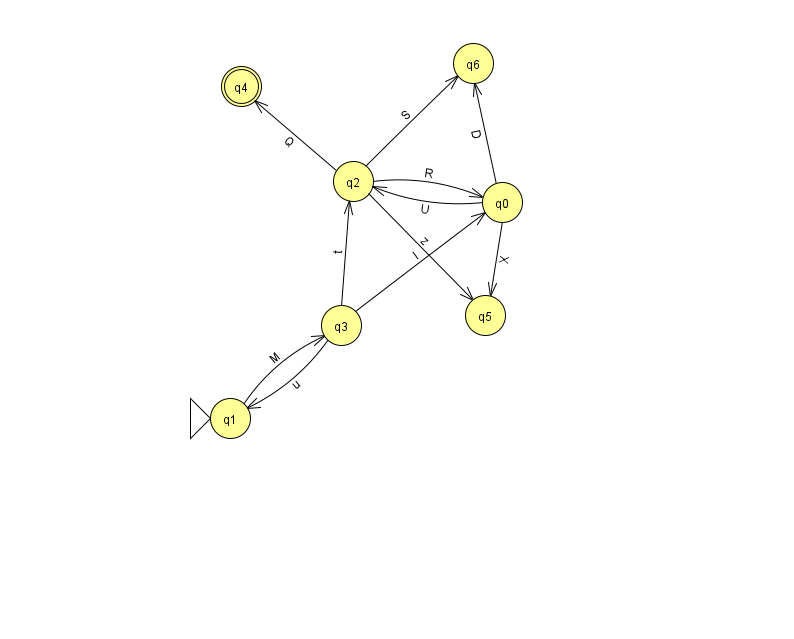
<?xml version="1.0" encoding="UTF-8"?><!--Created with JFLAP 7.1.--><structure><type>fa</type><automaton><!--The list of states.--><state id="0" name="q0"><x>502.0</x><y>189.0</y></state><state id="1" name="q1"><x>230.0</x><y>405.0</y><initial/></state><state id="2" name="q2"><x>353.0</x><y>168.0</y></state><state id="3" name="q3"><x>341.0</x><y>312.0</y></state><state id="4" name="q4"><x>241.0</x><y>73.0</y><final/></state><state id="5" name="q5"><x>485.0</x><y>302.0</y></state><state id="6" name="q6"><x>473.0</x><y>50.0</y></state><!--The list of transitions.--><transition><from>3</from><to>1</to><read>u</read></transition><transition><from>2</from><to>4</to><read>Q</read></transition><transition><from>0</from><to>5</to><read>X</read></transition><transition><from>0</from><to>6</to><read>D</read></transition><transition><from>1</from><to>3</to><read>M</read></transition><transition><from>2</from><to>5</to><read>z</read></transition><transition><from>0</from><to>2</to><read>U</read></transition><transition><from>2</from><to>0</to><read>R</read></transition><transition><from>3</from><to>0</to><read>I</read></transition><transition><from>2</from><to>6</to><read>S</read></transition><transition><from>3</from><to>2</to><read>t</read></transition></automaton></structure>